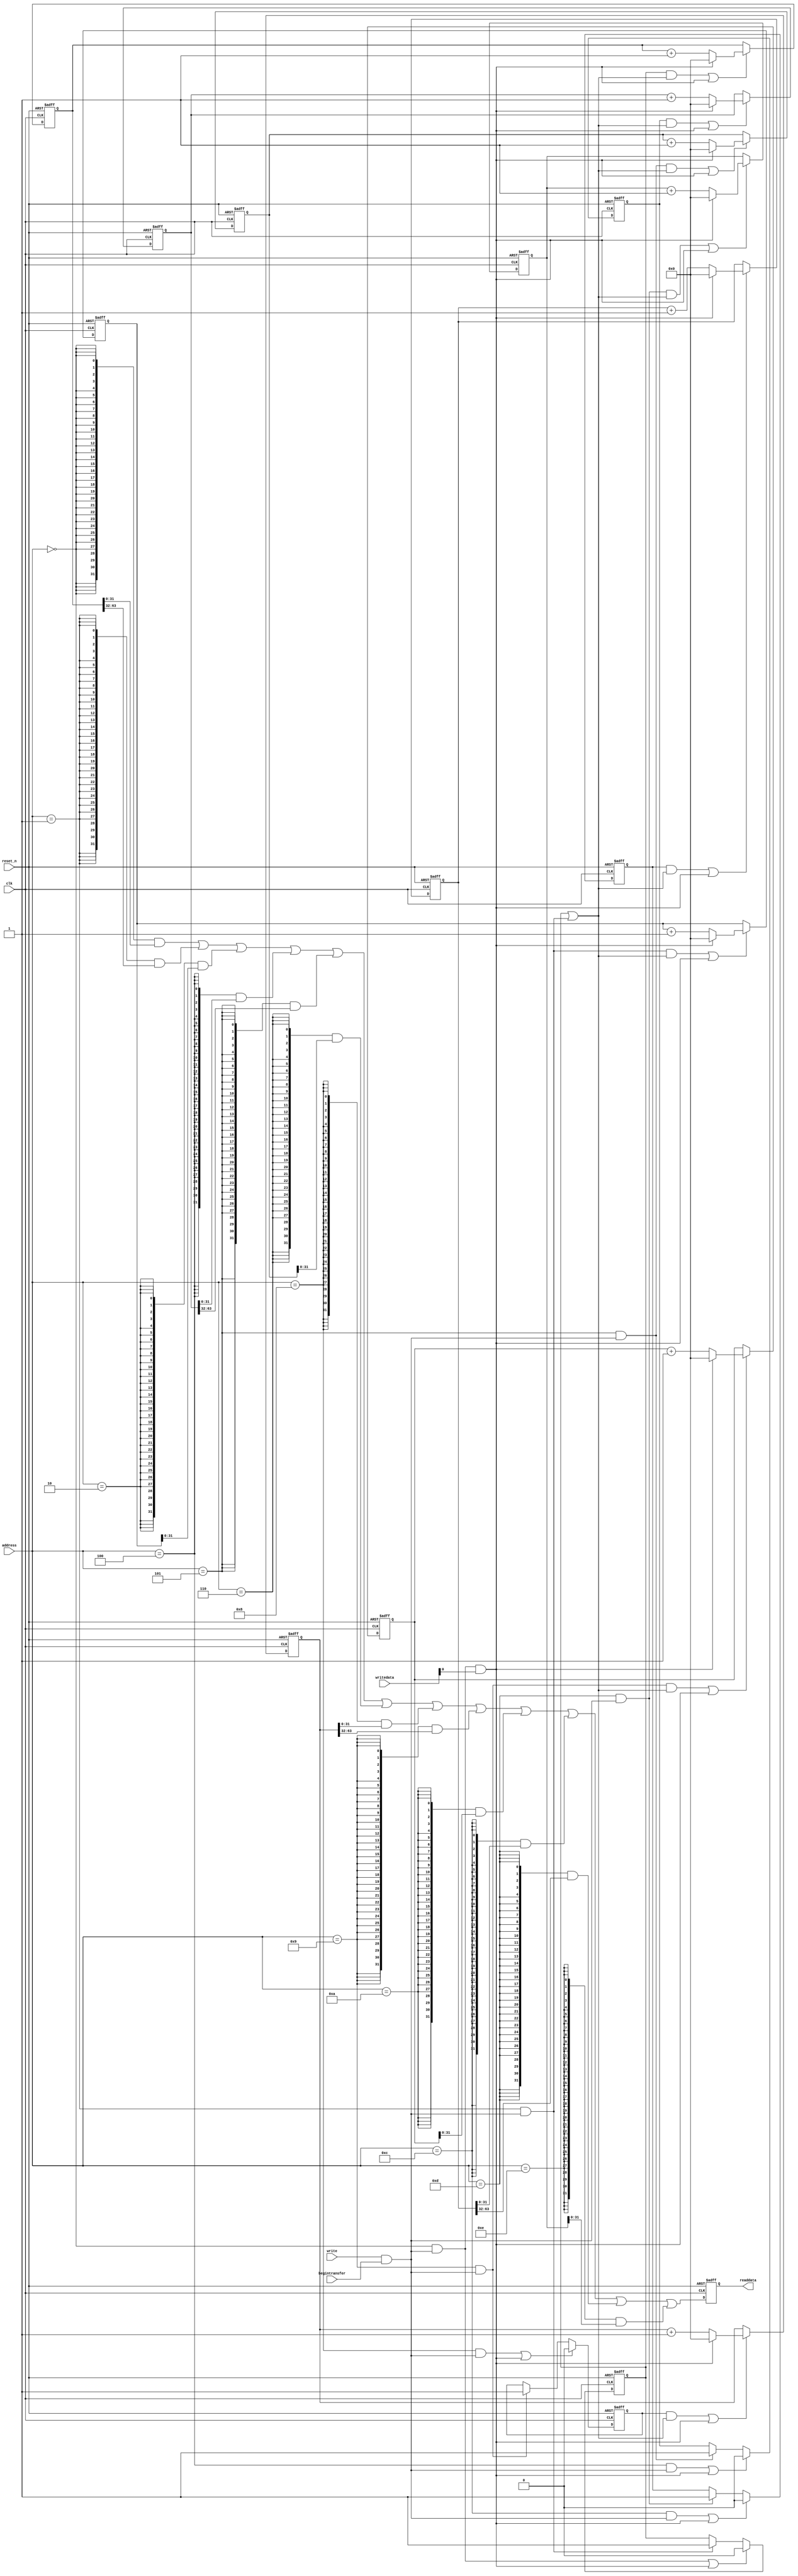
//Legal Notice: (C)2021 Altera Corporation. All rights reserved.  Your
//use of Altera Corporation's design tools, logic functions and other
//software and tools, and its AMPP partner logic functions, and any
//output files any of the foregoing (including device programming or
//simulation files), and any associated documentation or information are
//expressly subject to the terms and conditions of the Altera Program
//License Subscription Agreement or other applicable license agreement,
//including, without limitation, that your use is for the sole purpose
//of programming logic devices manufactured by Altera and sold by Altera
//or its authorized distributors.  Please refer to the applicable
//agreement for further details.

// synthesis translate_off
`timescale 1ns / 1ps
// synthesis translate_on

// turn off superfluous verilog processor warnings 
// altera message_level Level1 
// altera message_off 10034 10035 10036 10037 10230 10240 10030 

module nios_system_performance_counter_0 (
                                           // inputs:
                                            address,
                                            begintransfer,
                                            clk,
                                            reset_n,
                                            write,
                                            writedata,

                                           // outputs:
                                            readdata
                                         )
;

  output  [ 31: 0] readdata;
  input   [  3: 0] address;
  input            begintransfer;
  input            clk;
  input            reset_n;
  input            write;
  input   [ 31: 0] writedata;


wire             clk_en;
reg     [ 63: 0] event_counter_0;
reg     [ 63: 0] event_counter_1;
reg     [ 63: 0] event_counter_2;
reg     [ 63: 0] event_counter_3;
wire             global_enable;
wire             global_reset;
wire             go_strobe_0;
wire             go_strobe_1;
wire             go_strobe_2;
wire             go_strobe_3;
wire    [ 31: 0] read_mux_out;
reg     [ 31: 0] readdata;
wire             stop_strobe_0;
wire             stop_strobe_1;
wire             stop_strobe_2;
wire             stop_strobe_3;
reg     [ 63: 0] time_counter_0;
reg     [ 63: 0] time_counter_1;
reg     [ 63: 0] time_counter_2;
reg     [ 63: 0] time_counter_3;
reg              time_counter_enable_0;
reg              time_counter_enable_1;
reg              time_counter_enable_2;
reg              time_counter_enable_3;
wire             write_strobe;
  //control_slave, which is an e_avalon_slave
  assign clk_en = -1;
  assign write_strobe = write & begintransfer;
  always @(posedge clk or negedge reset_n)
    begin
      if (reset_n == 0)
          time_counter_0 <= 0;
      else if ((time_counter_enable_0 & global_enable) | global_reset)
          if (global_reset)
              time_counter_0 <= 0;
          else 
            time_counter_0 <= time_counter_0 + 1;
    end


  always @(posedge clk or negedge reset_n)
    begin
      if (reset_n == 0)
          event_counter_0 <= 0;
      else if ((go_strobe_0 & global_enable) | global_reset)
          if (global_reset)
              event_counter_0 <= 0;
          else 
            event_counter_0 <= event_counter_0 + 1;
    end


  assign stop_strobe_0 = (address == 0) && write_strobe;
  assign go_strobe_0 = (address == 1) && write_strobe;
  always @(posedge clk or negedge reset_n)
    begin
      if (reset_n == 0)
          time_counter_enable_0 <= 0;
      else if (clk_en)
          if (stop_strobe_0 | global_reset)
              time_counter_enable_0 <= 0;
          else if (go_strobe_0)
              time_counter_enable_0 <= -1;
    end


  assign global_enable = time_counter_enable_0 | go_strobe_0;
  assign global_reset = stop_strobe_0 && writedata[0];
  always @(posedge clk or negedge reset_n)
    begin
      if (reset_n == 0)
          time_counter_1 <= 0;
      else if ((time_counter_enable_1 & global_enable) | global_reset)
          if (global_reset)
              time_counter_1 <= 0;
          else 
            time_counter_1 <= time_counter_1 + 1;
    end


  always @(posedge clk or negedge reset_n)
    begin
      if (reset_n == 0)
          event_counter_1 <= 0;
      else if ((go_strobe_1 & global_enable) | global_reset)
          if (global_reset)
              event_counter_1 <= 0;
          else 
            event_counter_1 <= event_counter_1 + 1;
    end


  assign stop_strobe_1 = (address == 4) && write_strobe;
  assign go_strobe_1 = (address == 5) && write_strobe;
  always @(posedge clk or negedge reset_n)
    begin
      if (reset_n == 0)
          time_counter_enable_1 <= 0;
      else if (clk_en)
          if (stop_strobe_1 | global_reset)
              time_counter_enable_1 <= 0;
          else if (go_strobe_1)
              time_counter_enable_1 <= -1;
    end


  always @(posedge clk or negedge reset_n)
    begin
      if (reset_n == 0)
          time_counter_2 <= 0;
      else if ((time_counter_enable_2 & global_enable) | global_reset)
          if (global_reset)
              time_counter_2 <= 0;
          else 
            time_counter_2 <= time_counter_2 + 1;
    end


  always @(posedge clk or negedge reset_n)
    begin
      if (reset_n == 0)
          event_counter_2 <= 0;
      else if ((go_strobe_2 & global_enable) | global_reset)
          if (global_reset)
              event_counter_2 <= 0;
          else 
            event_counter_2 <= event_counter_2 + 1;
    end


  assign stop_strobe_2 = (address == 8) && write_strobe;
  assign go_strobe_2 = (address == 9) && write_strobe;
  always @(posedge clk or negedge reset_n)
    begin
      if (reset_n == 0)
          time_counter_enable_2 <= 0;
      else if (clk_en)
          if (stop_strobe_2 | global_reset)
              time_counter_enable_2 <= 0;
          else if (go_strobe_2)
              time_counter_enable_2 <= -1;
    end


  always @(posedge clk or negedge reset_n)
    begin
      if (reset_n == 0)
          time_counter_3 <= 0;
      else if ((time_counter_enable_3 & global_enable) | global_reset)
          if (global_reset)
              time_counter_3 <= 0;
          else 
            time_counter_3 <= time_counter_3 + 1;
    end


  always @(posedge clk or negedge reset_n)
    begin
      if (reset_n == 0)
          event_counter_3 <= 0;
      else if ((go_strobe_3 & global_enable) | global_reset)
          if (global_reset)
              event_counter_3 <= 0;
          else 
            event_counter_3 <= event_counter_3 + 1;
    end


  assign stop_strobe_3 = (address == 12) && write_strobe;
  assign go_strobe_3 = (address == 13) && write_strobe;
  always @(posedge clk or negedge reset_n)
    begin
      if (reset_n == 0)
          time_counter_enable_3 <= 0;
      else if (clk_en)
          if (stop_strobe_3 | global_reset)
              time_counter_enable_3 <= 0;
          else if (go_strobe_3)
              time_counter_enable_3 <= -1;
    end


  assign read_mux_out = ({32 {(address == 0)}} & time_counter_0[31 : 0]) |
    ({32 {(address == 1)}} & time_counter_0[63 : 32]) |
    ({32 {(address == 2)}} & event_counter_0) |
    ({32 {(address == 4)}} & time_counter_1[31 : 0]) |
    ({32 {(address == 5)}} & time_counter_1[63 : 32]) |
    ({32 {(address == 6)}} & event_counter_1) |
    ({32 {(address == 8)}} & time_counter_2[31 : 0]) |
    ({32 {(address == 9)}} & time_counter_2[63 : 32]) |
    ({32 {(address == 10)}} & event_counter_2) |
    ({32 {(address == 12)}} & time_counter_3[31 : 0]) |
    ({32 {(address == 13)}} & time_counter_3[63 : 32]) |
    ({32 {(address == 14)}} & event_counter_3);

  always @(posedge clk or negedge reset_n)
    begin
      if (reset_n == 0)
          readdata <= 0;
      else if (clk_en)
          readdata <= read_mux_out;
    end



endmodule